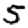
Digit: 5